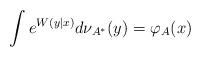
LaTeX: \begin{align*} \int e^{ W (y|x)} d \nu_{A^{*}}(y) = \varphi_A(x)\end{align*}